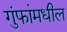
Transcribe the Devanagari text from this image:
गुंफांमधील